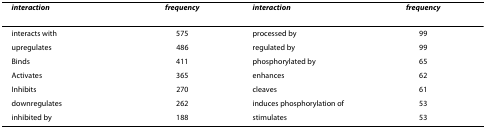
<table><thead><tr><td><b><i>interaction</i></b></td><td><b><i>frequency</i></b></td><td><b><i>interaction</i></b></td><td><b><i>frequency</i></b></td></tr></thead><tbody><tr><td>interacts with</td><td>575</td><td>processed by</td><td>99</td></tr><tr><td>upregulates</td><td>486</td><td>regulated by</td><td>99</td></tr><tr><td>Binds</td><td>411</td><td>phosphorylated by</td><td>65</td></tr><tr><td>Activates</td><td>365</td><td>enhances</td><td>62</td></tr><tr><td>Inhibits</td><td>270</td><td>cleaves</td><td>61</td></tr><tr><td>downregulates</td><td>262</td><td>induces phosphorylation of</td><td>53</td></tr><tr><td>inhibited by</td><td>188</td><td>stimulates</td><td>53</td></tr></tbody></table>